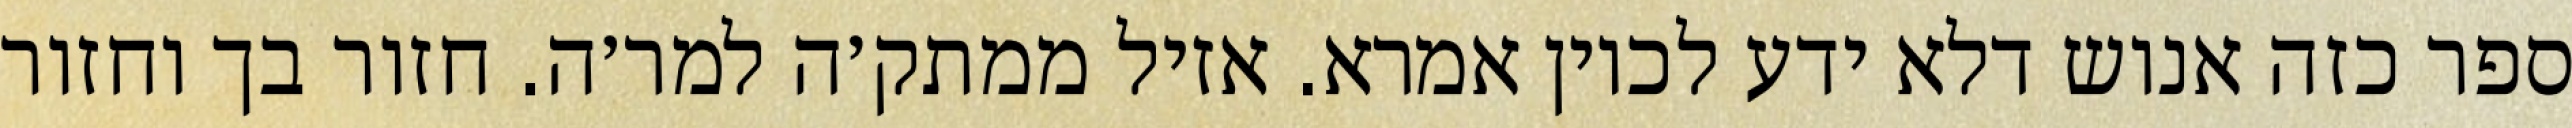
ספר כזה אנוש דלא ידע לכוין אמרא. אזיל ממתק׳ה למר׳ה. חזור בך וחזור